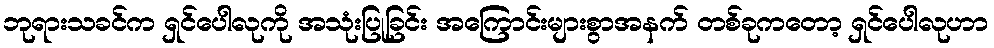
ဘုရားသခင်က ရှင်ပေါလုကို အသုံးပြုခြင်း အကြောင်းများစွာအနက် တစ်ခုကတော့ ရှင်ပေါလုဟာ